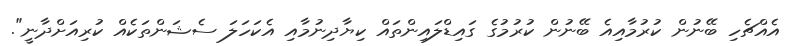
އެއްޗެހި ބޭނުން ކުރުމާއިއެ ބޭނުން ކުރުމުގެ ގައިޑްލައިންތައް ކިޔާދިނުމާއި އެކަހަލަ ސެޝަންތަކެއް ކުރިއަށްދާނީ".